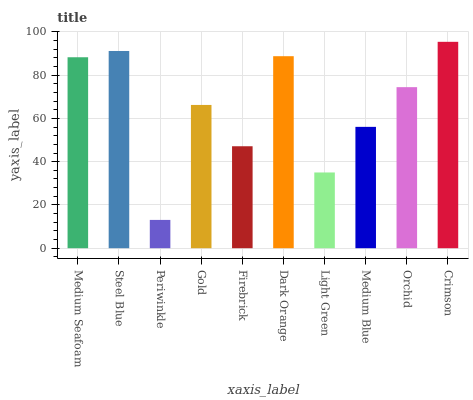
| xaxis_label | bars |
 | --- | --- |
 | Medium Seafoam | 88.3 |
 | Steel Blue | 91.2 |
 | Periwinkle | 13.1 |
 | Gold | 66.2 |
 | Firebrick | 47.1 |
 | Dark Orange | 88.8 |
 | Light Green | 35 |
 | Medium Blue | 56.1 |
 | Orchid | 74.5 |
 | Crimson | 95.4 |